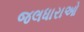
જલધારાઓ